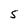
Character: S